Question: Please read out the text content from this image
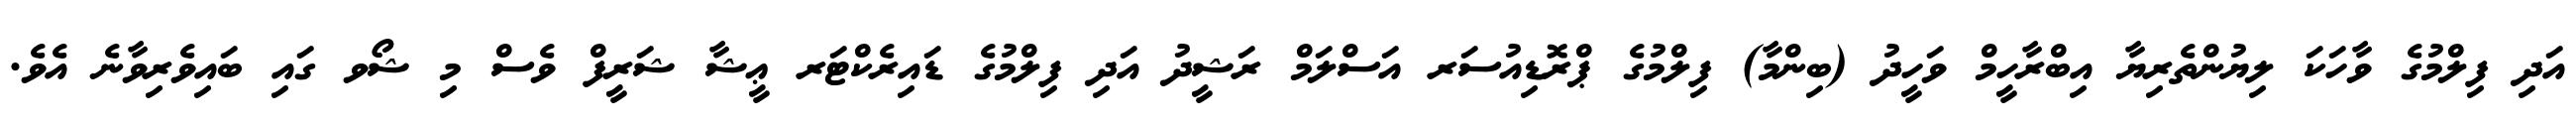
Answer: އަދި ފިލްމުގެ ވާހަކަ ލިޔުންތެރިޔާ އިބްރާހީމް ވަހީދު (ބިންމާ) ފިލްމުގެ ޕްރޮޑިއުސަރ އަސްލަމް ރަޝީދު އަދި ފިލްމުގެ ޑައިރެކްޓަރ ޢީޝާ ޝަރީފް ވެސް މި ޝޯވ ގައި ބައިވެރިވާނެ އެވެ.